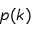
p ( k )